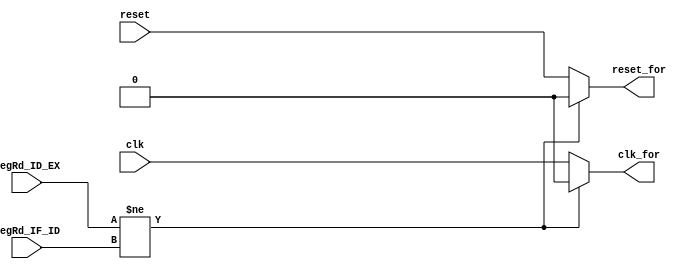
module ForwardingUnit(
    input [2:0] RegRd_IF_ID,
    input [2:0] RegRd_ID_EX,
    input clk,
    input reset,
    output clk_for,
    output reset_for
    );
    
    always@(*)
    begin
        clk_for = clk;
        reset_for = reset;
        
        if(RegRd_ID_EX != RegRd_IF_ID)
           begin
            clk_for = 0;
            reset_for = 0;
           end
    end
endmodule